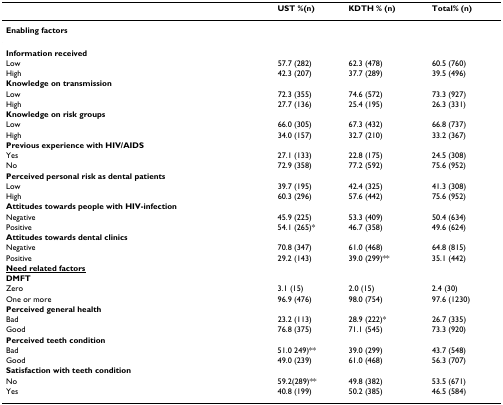
<table><thead><tr><td></td><td><b>UST %(n)</b></td><td><b>KDTH % (n)</b></td><td><b>Total% (n)</b></td></tr></thead><tbody><tr><td><b>Enabling factors</b></td><td></td><td></td><td></td></tr><tr><td><b>Information received</b></td><td></td><td></td><td></td></tr><tr><td>Low</td><td>57.7 (282)</td><td>62.3 (478)</td><td>60.5 (760)</td></tr><tr><td>High</td><td>42.3 (207)</td><td>37.7 (289)</td><td>39.5 (496)</td></tr><tr><td><b>Knowledge on transmission</b></td><td></td><td></td><td></td></tr><tr><td>Low</td><td>72.3 (355)</td><td>74.6 (572)</td><td>73.3 (927)</td></tr><tr><td>High</td><td>27.7 (136)</td><td>25.4 (195)</td><td>26.3 (331)</td></tr><tr><td><b>Knowledge on risk groups</b></td><td></td><td></td><td></td></tr><tr><td>Low</td><td>66.0 (305)</td><td>67.3 (432)</td><td>66.8 (737)</td></tr><tr><td>High</td><td>34.0 (157)</td><td>32.7 (210)</td><td>33.2 (367)</td></tr><tr><td><b>Previous experience with HIV/AIDS</b></td><td></td><td></td><td></td></tr><tr><td>Yes</td><td>27.1 (133)</td><td>22.8 (175)</td><td>24.5 (308)</td></tr><tr><td>No</td><td>72.9 (358)</td><td>77.2 (592)</td><td>75.6 (952)</td></tr><tr><td><b>Perceived personal risk as dental patients</b></td><td></td><td></td><td></td></tr><tr><td>Low</td><td>39.7 (195)</td><td>42.4 (325)</td><td>41.3 (308)</td></tr><tr><td>High</td><td>60.3 (296)</td><td>57.6 (442)</td><td>75.6 (952)</td></tr><tr><td><b>Attitudes towards people with HIV-infection</b></td><td></td><td></td><td></td></tr><tr><td>Negative</td><td>45.9 (225)</td><td>53.3 (409)</td><td>50.4 (634)</td></tr><tr><td>Positive</td><td>54.1 (265)*</td><td>46.7 (358)</td><td>49.6 (624)</td></tr><tr><td><b>Attitudes towards dental clinics</b></td><td></td><td></td><td></td></tr><tr><td>Negative</td><td>70.8 (347)</td><td>61.0 (468)</td><td>64.8 (815)</td></tr><tr><td>Positive</td><td>29.2 (143)</td><td>39.0 (299)**</td><td>35.1 (442)</td></tr><tr><td><b><underline>Need related factors</underline></b></td><td></td><td></td><td></td></tr><tr><td><b>DMFT</b></td><td></td><td></td><td></td></tr><tr><td>Zero</td><td>3.1 (15)</td><td>2.0 (15)</td><td>2.4 (30)</td></tr><tr><td>One or more</td><td>96.9 (476)</td><td>98.0 (754)</td><td>97.6 (1230)</td></tr><tr><td><b>Perceived general health</b></td><td></td><td></td><td></td></tr><tr><td>Bad</td><td>23.2 (113)</td><td>28.9 (222)*</td><td>26.7 (335)</td></tr><tr><td>Good</td><td>76.8 (375)</td><td>71.1 (545)</td><td>73.3 (920)</td></tr><tr><td><b>Perceived teeth condition</b></td><td></td><td></td><td></td></tr><tr><td>Bad</td><td>51.0 249)**</td><td>39.0 (299)</td><td>43.7 (548)</td></tr><tr><td>Good</td><td>49.0 (239)</td><td>61.0 (468)</td><td>56.3 (707)</td></tr><tr><td><b>Satisfaction with teeth condition</b></td><td></td><td></td><td></td></tr><tr><td>No</td><td>59.2(289)**</td><td>49.8 (382)</td><td>53.5 (671)</td></tr><tr><td>Yes</td><td>40.8 (199)</td><td>50.2 (385)</td><td>46.5 (584)</td></tr></tbody></table>